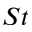
S t